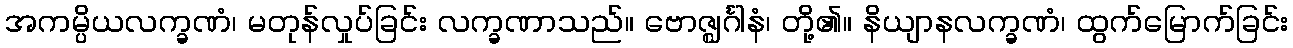
အကမ္ပိယလက္ခဏံ၊ မတုန်လှုပ်ခြင်း လက္ခဏာသည်။ ဗောဇ္ဈင်္ဂါနံ၊ တို့၏။ နိယျာနလက္ခဏံ၊ ထွက်မြောက်ခြင်း